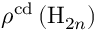
\boldsymbol { \rho } ^ { \mathrm { c d } } \left( \mathrm { H } _ { 2 n } \right)